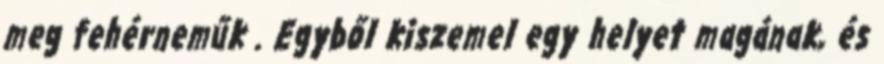
meg fehérneműk . Egyből kiszemel egy helyet magának, és